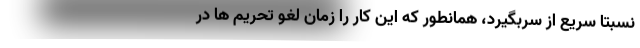
نسبتا سریع از سربگیرد، همانطور که این کار را زمان لغو تحریم ها در